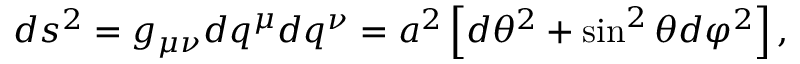
\begin{array} { r } { d s ^ { 2 } = g _ { \mu \nu } d q ^ { \mu } d q ^ { \nu } = a ^ { 2 } \left[ d \theta ^ { 2 } + \sin ^ { 2 } \theta d \varphi ^ { 2 } \right] , } \end{array}